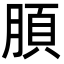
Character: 䐓